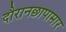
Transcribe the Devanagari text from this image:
दौरानछापामार